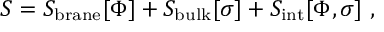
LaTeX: S = S _ { \mathrm { { \small b r a n e } } } [ \Phi ] + S _ { \mathrm { \small b u l k } } [ \sigma ] + S _ { \mathrm { { \small i n t } } } [ \Phi , \sigma ] ~ ,